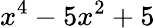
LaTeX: x^{4}-5x^{2}+5